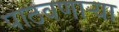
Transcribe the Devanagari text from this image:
पाठवणाऱ्या